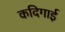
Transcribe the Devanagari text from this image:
कदिगाई